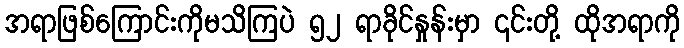
အရာဖြစ်ကြောင်းကိုမသိကြပဲ ၅၂ ရာခိုင်နှုန်းမှာ ၎င်းတို့ ထိုအရာကို